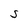
Character: S